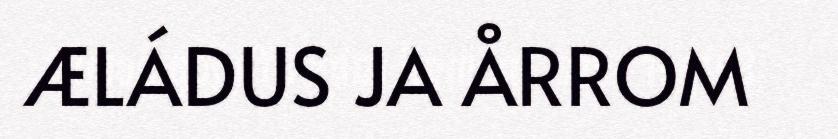
ÆLÁDUS JA ÅRROM